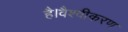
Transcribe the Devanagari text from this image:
है।वैश्वीकरण